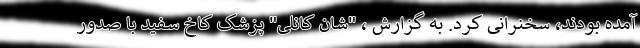
آمده بودند، سخنرانی کرد. به گزارش ، "شان کانلی" پزشک کاخ سفید با صدور